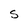
Character: S